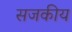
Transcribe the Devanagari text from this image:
सजकीय